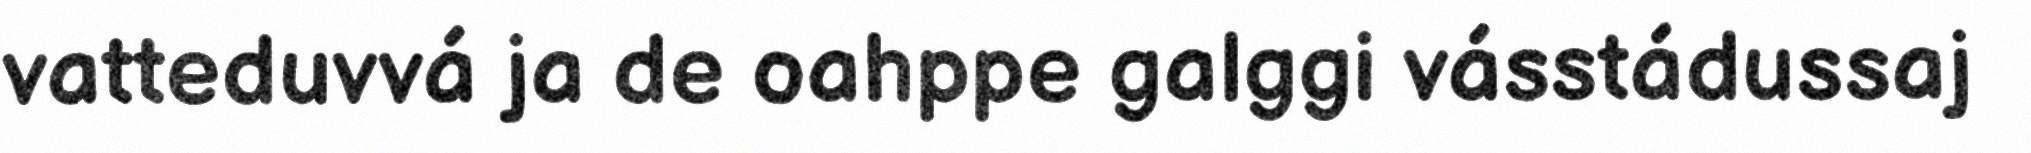
vatteduvvá ja de oahppe galggi vásstádussaj